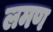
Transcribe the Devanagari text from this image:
लमण